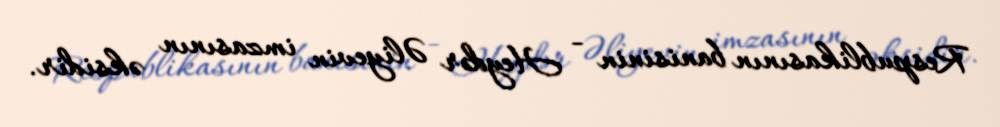
Respublikasının banisinin - Heydər Əliyevin imzasının əksidir.